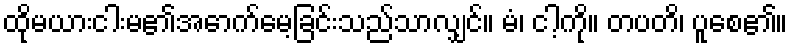
ထိုမယားငါးမ၏အောက်မေ့ခြင်းသည်သာလျှင်။ မံ၊ ငါ့ကို။ တပတိ၊ ပူစေ၏။